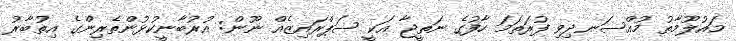
މައުލޫމާތު މުއްސަނދިވި ފުރަތަމަ ހާފުގެ ނަތީޖާ އަކީ ސަޕްރައިޒެއް ނޫން: އުރުބާނީކުޅުންތެރިންގެ އިތުބާރު